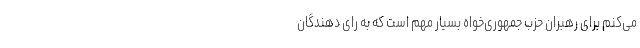
می‌کنم برای رهبران حزب جمهوری‌خواه بسیار مهم است که به رای دهندگان